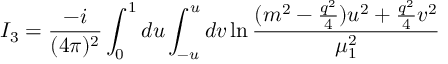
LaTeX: I _ { 3 } = \frac { - i } { ( 4 \pi ) ^ { 2 } } \int _ { 0 } ^ { 1 } d u \int _ { - u } ^ { u } d v \ln \frac { ( m ^ { 2 } - \frac { q ^ { 2 } } { 4 } ) u ^ { 2 } + \frac { q ^ { 2 } } { 4 } v ^ { 2 } } { \mu _ { 1 } ^ { 2 } }